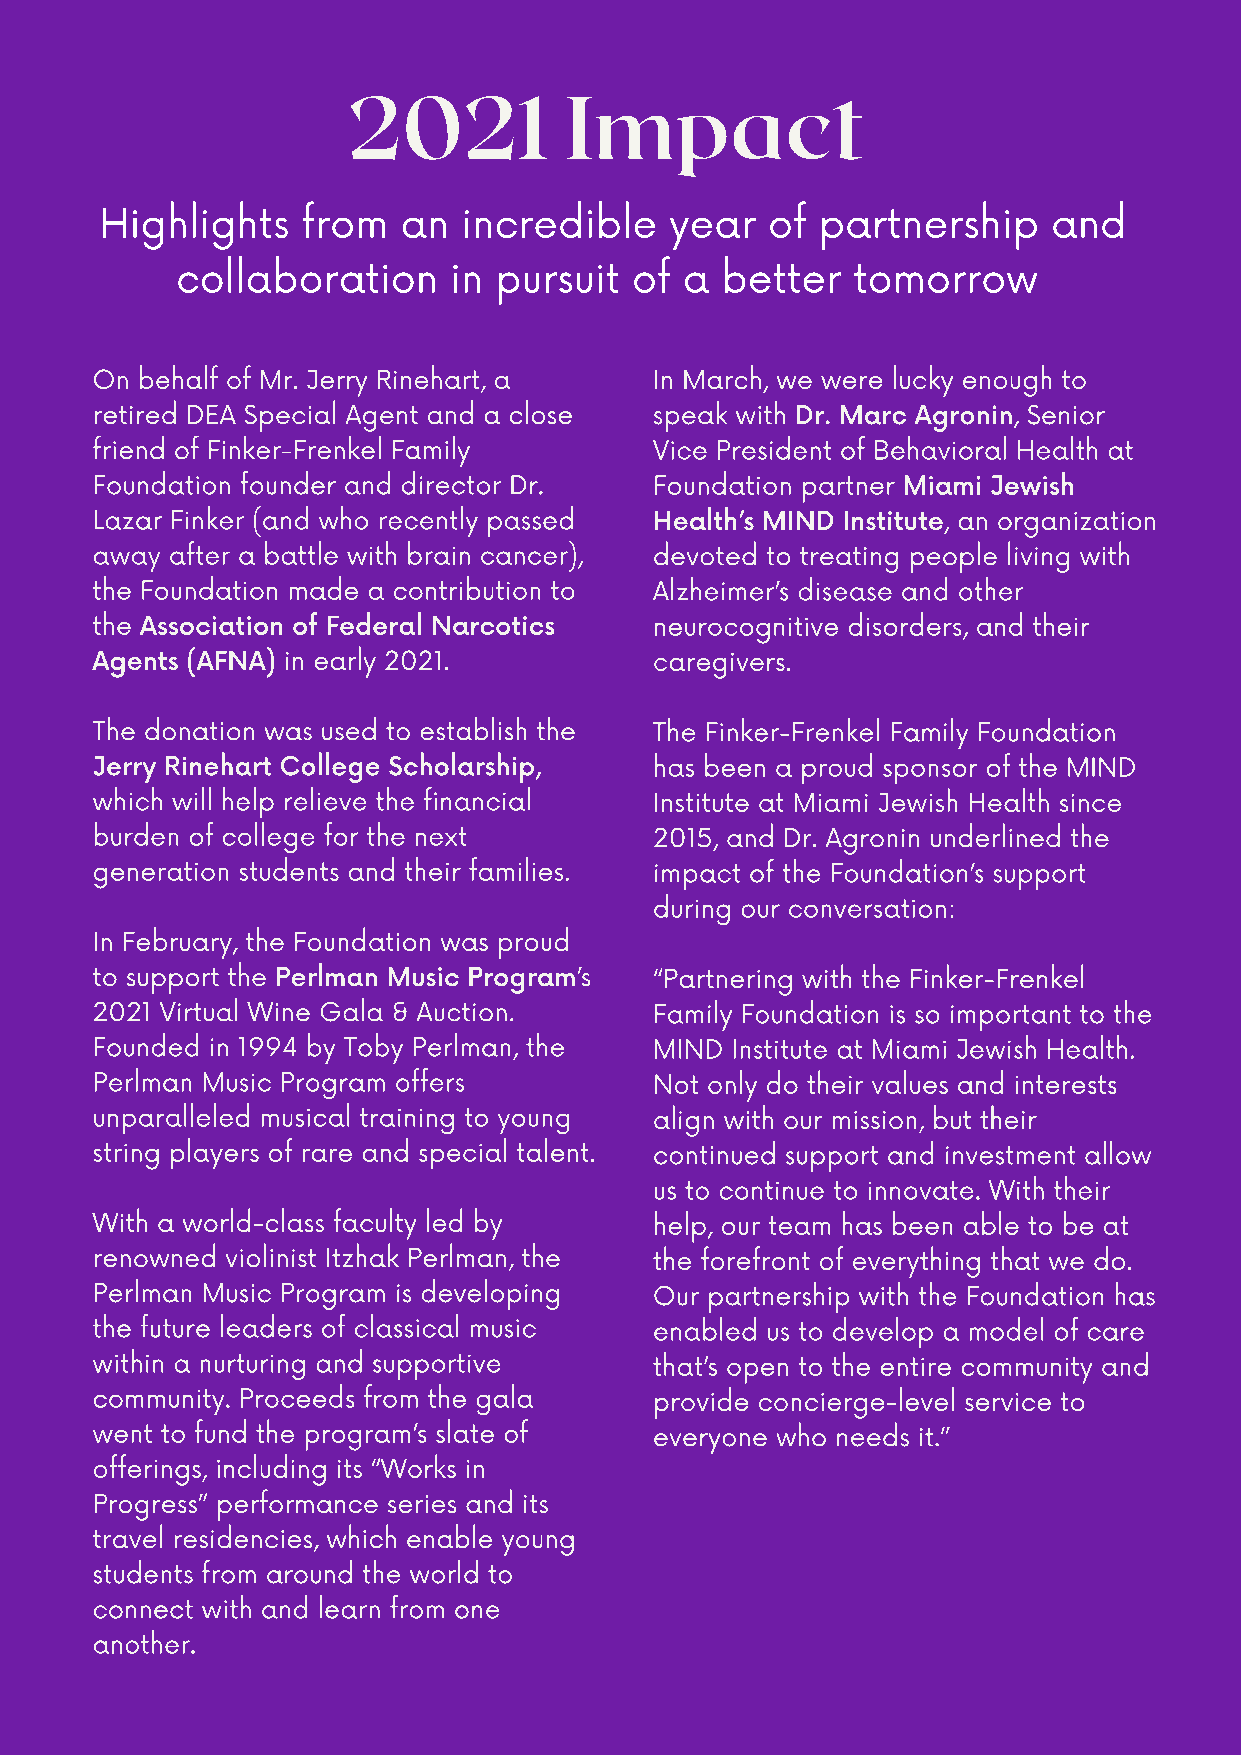
2021          Impact
 Highlights   from   an  incredible   year   of partnership     and
 collaboration     in pursuit  of a  better  tomorrow
 On behalf of Mr. Jerry Rinehart, a   In March, we were lucky enough to
 retired DEA Special Agent and a close speak with Dr. Marc Agronin, Senior
 friend of Finker-Frenkel Family      Vice President of Behavioral Health at
 Foundation founder and director Dr.  Foundation partner Miami Jewish
 Lazar Finker (and who recently passed Health’s MIND Institute, an organization
 away after a battle with brain cancer), devoted to treating people living with
 the Foundation made a contribution to Alzheimer’s disease and other
 the Association of Federal Narcotics neurocognitive disorders, and their
 Agents (AFNA) in early 2021.         caregivers.
 The donation was used to establish the The Finker-Frenkel Family Foundation
 Jerry Rinehart College Scholarship,  has been a proud sponsor of the MIND
 which will help relieve the financial Institute at Miami Jewish Health since
 burden of college for the next       2015, and Dr. Agronin underlined the
 generation students and their families. impact of the Foundation’s support
 during our conversation:
 In February, the Foundation was proud
 to support the Perlman Music Program’s “Partnering with the Finker-Frenkel
 2021 Virtual Wine Gala & Auction.    Family Foundation is so important to the
 Founded in 1994 by Toby Perlman, the MIND Institute at Miami Jewish Health.
 Perlman Music Program offers         Not only do their values and interests
 unparalleled musical training to young align with our mission, but their
 string players of rare and special talent. continued support and investment allow
 us to continue to innovate. With their
 With a world-class faculty led by    help, our team has been able to be at
 renowned violinist Itzhak Perlman, the the forefront of everything that we do.
 Perlman Music Program is developing  Our partnership with the Foundation has
 the future leaders of classical music enabled us to develop a model of care
 within a nurturing and supportive    that’s open to the entire community and
 community. Proceeds from the gala    provide concierge-level service to
 went to fund the program’s slate of  everyone who needs it.”
 offerings, including its “Works in
 Progress” performance series and its
 travel residencies, which enable young
 students from around the world to
 connect with and learn from one
 another.